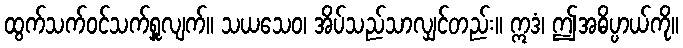
ထွက်သက်ဝင်သက်ရှူလျက်။ သယသေဝ၊ အိပ်သည်သာလျှင်တည်း။ ဣဒံ၊ ဤအဓိပ္ပာယ်ကို။